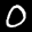
Label: 0